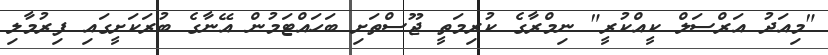
"މިއަދު އަރްސަލް ކީއްކުރީ" ނިމްރާގެ ކުރިމަތީ ޖޫސްތަށި ބަހައްޓަމުން އޭނާގެ ބުރަކަށީގައި ފިރުމާލި